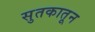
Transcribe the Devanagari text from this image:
सुतकातून